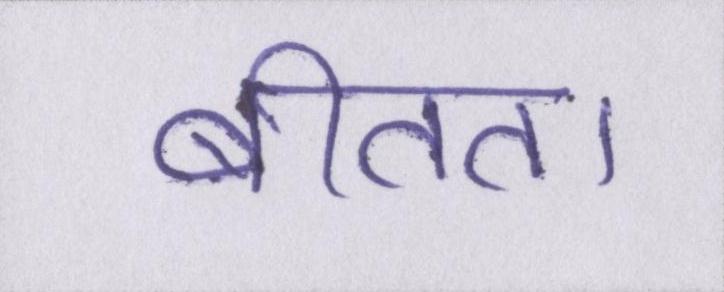
बीतता